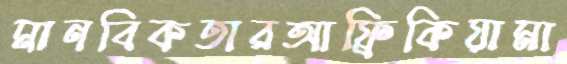
মানবিকতারআফ্রিকিয়ামা